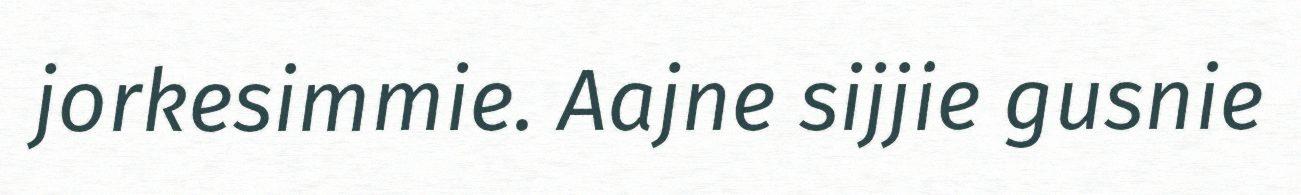
jorkesimmie. Aajne sijjie gusnie